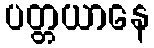
ပတ္တယာနေ